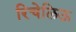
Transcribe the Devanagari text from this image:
रिचेलिऊ